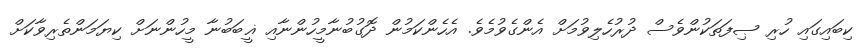
ކިބައިގައި ހުރި ޞިފަތަކުންވެސް ދުރުހެލިވުމަށް އެންގެވުމެވެ. އެހެންކަމުން ދޮގުބުނާމީހުންނާއި ޣީބަބުނާ މީހުންނަށް ކިޔަމަންތެރިވާކަށް